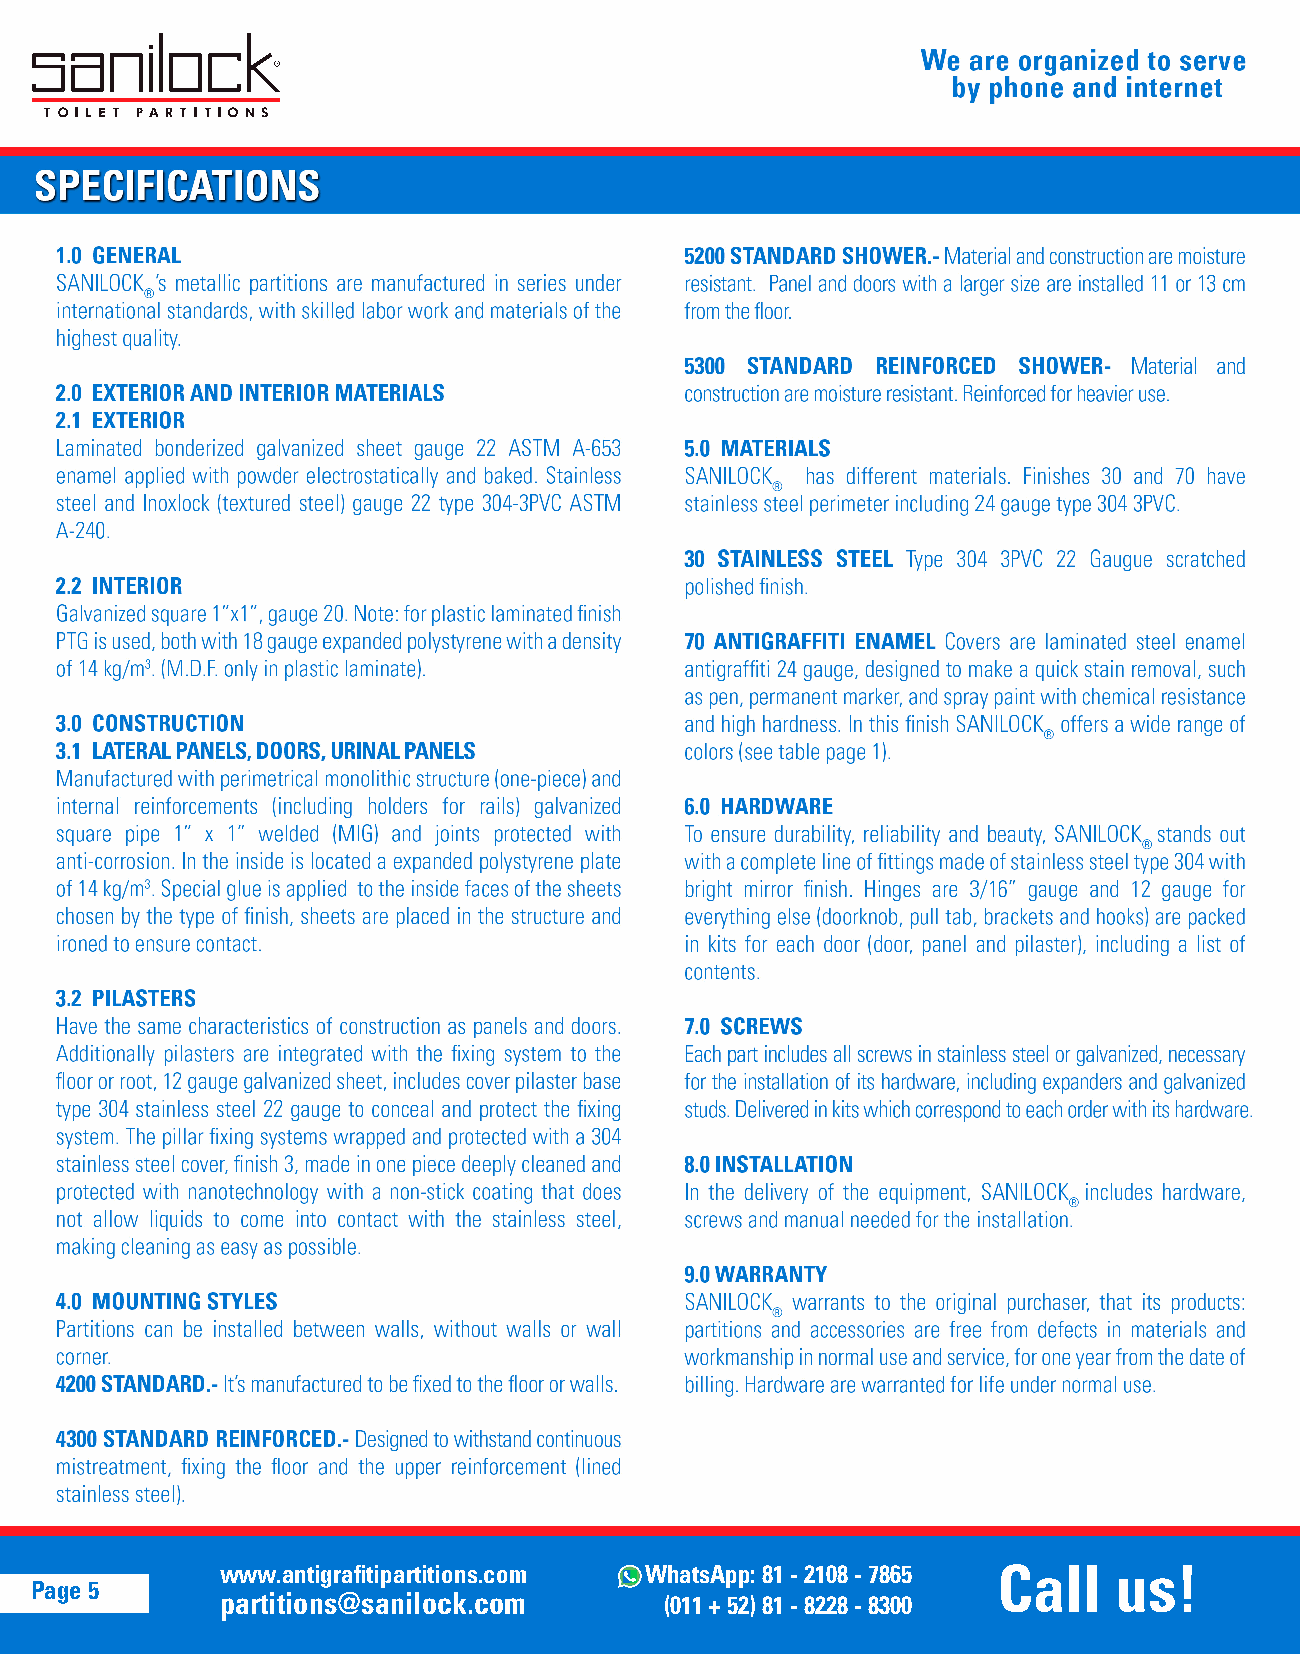
www.antigrafitipartitions.com WhatsApp: 81 - 2108 - 7865 Call us!
 Page 5
 partitions@sanilock.com      (011 + 52) 81 - 8228 - 8300